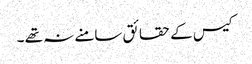
کیس کے حقائق سامنے نہ تھے ۔